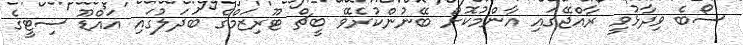
ސޯބެ ވިދާޅުވީ ރާއްޖޭގައި އާންމުކޮށް ބޭނުންކުރެވޭ ބީޗް ޓޫރިޒަމްގެ ބަދަލުގައި އައްޑޫ ސިޓީގެ